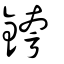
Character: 銙